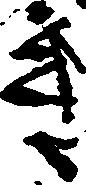
き